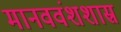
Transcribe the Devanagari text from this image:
मानववंशशास्र